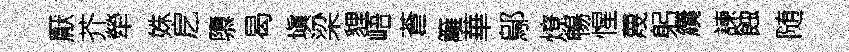
厭芥犖姝戹隳曷塡梁貍峿蒼籬華鄔燎暢惺蔑躬纜諫蝕随